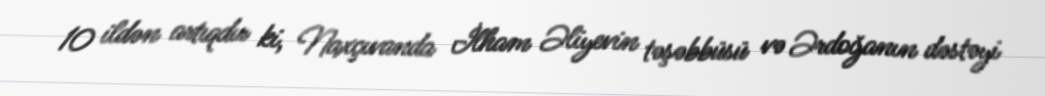
10 ildən artıqdır ki, Naxçıvanda İlham Əliyevin təşəbbüsü və Ərdoğanın dəstəyi